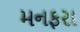
મનફરા